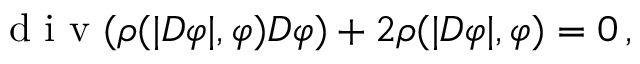
\begin{array} { r } { \mathrm { ~ d ~ i ~ v ~ } ( \rho ( | D \varphi | , \varphi ) D \varphi ) + 2 \rho ( | D \varphi | , \varphi ) = 0 \, , } \end{array}